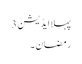
پہلا ایڈیشن 3
رمضان ۔